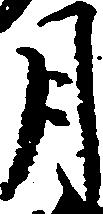
月